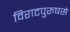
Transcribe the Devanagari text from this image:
विराटपुरुषसे